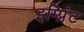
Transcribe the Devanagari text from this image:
इम्‍प्रिंट